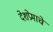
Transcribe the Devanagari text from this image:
देशप्रेमाचे